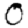
Digit: 0